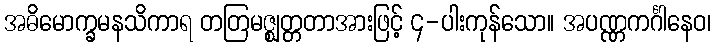
အဓိမောက္ခမနသိကာရ တတြမဇ္ဈတ္တတာအားဖြင့် ၄-ပါးကုန်သော။ အပဏ္ဏကင်္ဂါနေဝ၊